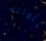
تناولته